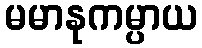
မမာနုကမ္ပာယ